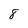
Character: 8